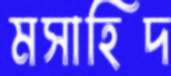
মসাহিদ